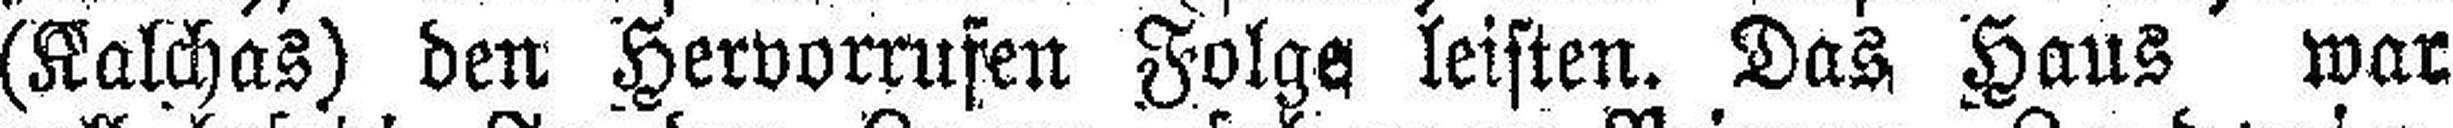
(Kalchas) den Hervorrufen Folge leisten. Das Haus war